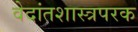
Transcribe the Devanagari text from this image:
वेदांतशास्त्रपरक